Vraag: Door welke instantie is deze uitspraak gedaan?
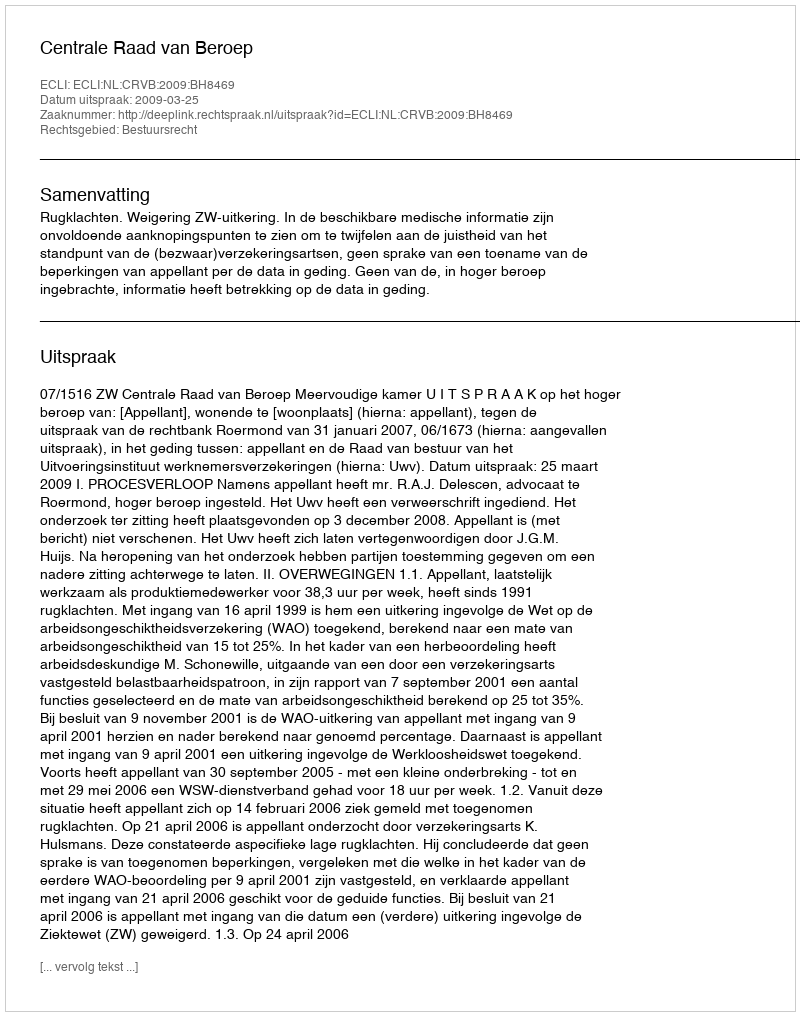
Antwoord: Centrale Raad van Beroep